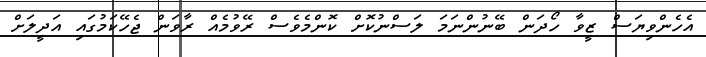
އެހެންވިޔަސް ޒީވާ ހޯދަން ބޭނުންނަމަ ލަސްނުކޮށް ކޮންމެވެސް ރޭވުމެއް ރާވަން ޖެހޭކަމުގައި އަދީލަށް